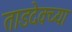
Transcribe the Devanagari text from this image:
ताडदेवच्या